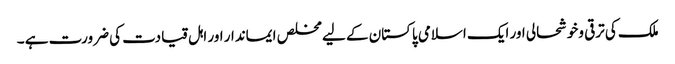
ملک کی ترقی وخوشحالی اور ایک اسلامی پاکستان کے لیے مخلص ایماندار اور اہل قیادت کی ضرورت ہے ۔